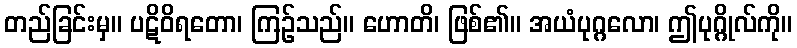
တည်ခြင်းမှ။ ပဋိဝိရတော၊ ကြဉ်သည်။ ဟောတိ၊ ဖြစ်၏။ အယံပုဂ္ဂလော၊ ဤပုဂ္ဂိုလ်ကို။